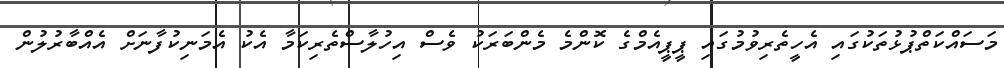
މަސައްކަތްޕުޅުތަކުގައި އެހީތެރިވުމުގައި ޕީޕީއެމްގެ ކޮންމެ މެންބަރަކު ވެސް އިހުލާސްތެރިކަމާ އެކު އެމަނިކުފާނަށް އެއްބާރުލުން